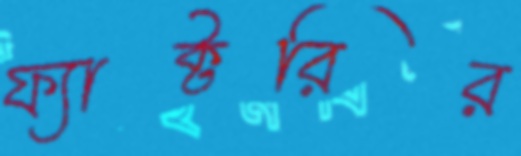
ফ্যাক্টরির